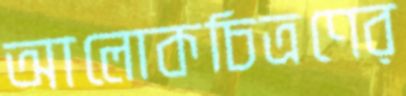
আলোকচিত্রণের